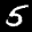
Label: 5